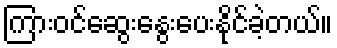
ကြားဝင်ဆွေးနွေးပေးနိုင်ခဲ့တယ်။